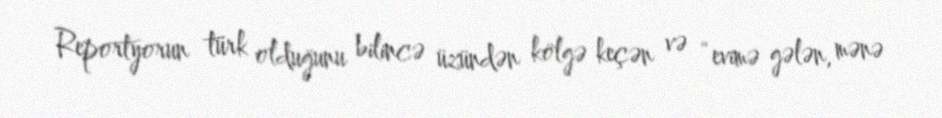
Reportyorun türk olduğunu bilincə üzündən kölgə keçən və “evimə gələn, mənə